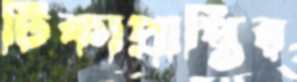
টিকাপ্রাপ্তির